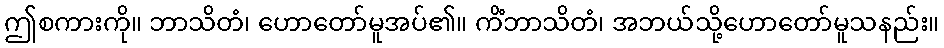
ဤစကားကို။ ဘာသိတံ၊ ဟောတော်မူအပ်၏။ ကိံဘာသိတံ၊ အဘယ်သို့ဟောတော်မူသနည်း။